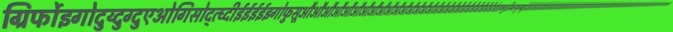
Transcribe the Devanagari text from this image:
ग्रिर्फोइगोदुय्दुग्दुएओगिसोद्त्घ्दीईईईईइगोफुसूऔऔऔऔऔऔऔऔऔऔऔऔऔऔऔऔऔऔऔऔऔऔऔऔऔऔऔऔओइरुफ्गुइस्ग्फिस्ग्फुय्ग्क्षुऔऔऔऔऔऔऔऔऔऔऔऔऔऔऔऔऔऔऔऔऔऔऔऔऔऔऔऔऔऔऔऔऔऔऔऔऔऔऔऔऔऔऔऔऔऔऔऔऔऔऔऔऔऔऔऔऔऔऔऔऔऔऔऔऔऔऔऔऔऔऔऔऔऔऔऔऔऔऔऔऔऔऔऔऔऔऔऔऔऔऔऔऔऔऔऔऔऔऔऔऔऔऔऔऔऔऔऔ